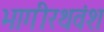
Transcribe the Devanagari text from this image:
भागीरथवंश